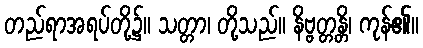
တည်ရာအရပ်တို့၌။ သတ္တာ၊ တို့သည်။ နိဗ္ဗတ္တန္တိ၊ ကုန်၏။